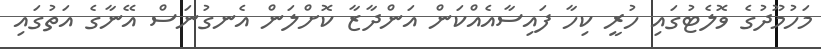
މަހުމޫދުގެ ވޮލެޓުގައި ހުރީ ކިހާ ފައިސާއެއްކަން އަންދާޒާ ކޮށްލަން އެނގުނަސް އޭނާގެ އަތުގައި